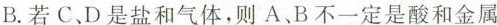
B.若C，D是盐和气体，则A、B不一定是酸和金属